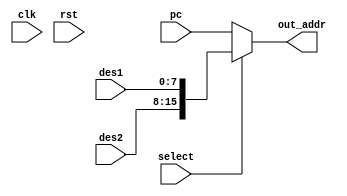
module oc8051_rom_addr_sel (clk, rst, select, des1, des2, pc, out_addr);
//
// clk          (in)  clock
// rst          (in)  reset
// select       (in)  output select [oc8051_decoder.rom_addr_sel]
// des1, des2   (in)  alu destination input [{oc8051_alu.des1,oc8051_alu.des2}]
// pc           (in)  pc input [oc8051_pc.pc_out]
// out_addr     (out) output address (to program rom) [oc8051_rom.addr]
//


input clk, rst, select;
input [7:0] des1, des2;
input [15:0] pc;
output [15:0] out_addr;


//
// output address is alu destination
// (instructions MOVC)
assign out_addr = select ? {des2, des1} : pc;

endmodule